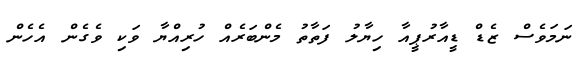
ނަމަވެސް ޒެޑް ޑީއާރުޕީއާ ހިޔާލު ފަތާތު މެންބަރެއް ހުރިއްޔާ ވަކި ވެގެން އެހެން